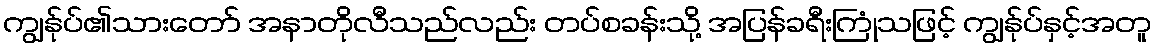
ကျွန်ုပ်၏သားတော် အနာတိုလီသည်လည်း တပ်စခန်းသို့ အပြန်ခရီးကြုံသဖြင့် ကျွန်ုပ်နှင့်အတူ